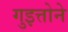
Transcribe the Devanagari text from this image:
गुइत्तोने